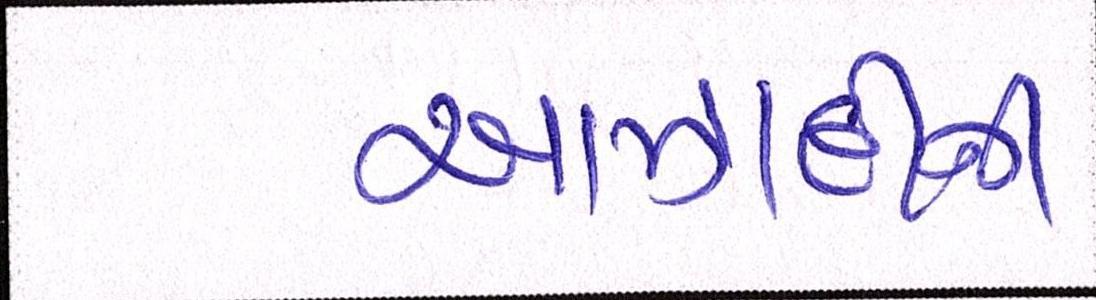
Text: આઝાદીની